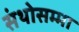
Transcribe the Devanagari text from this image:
संथोसम्मा